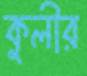
কুলীর